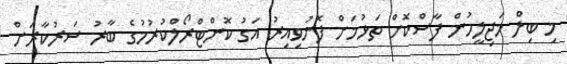
މި ބިލް މަޖިލީހުން ފާސްކޮށް ތަޅުމަށް ފޮނުވިއިރު އަގު ކޮންޓްރޯލްކުރުމުގެ ބާރު ސަރުކާރަށް